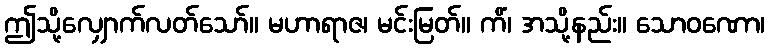
ဤသို့လျှောက်လတ်သော်။ မဟာရာဇ၊ မင်းမြတ်။ ကိံ၊ အသို့နည်း။ သောဝဏော၊